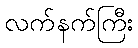
လက်နက်ကြီး